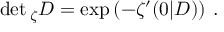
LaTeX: \operatorname * { d e t } { } _ { \zeta } D = \exp \left( - \zeta ^ { \prime } ( 0 | D ) \right) \: .